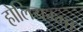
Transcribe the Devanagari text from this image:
होलियम्मा